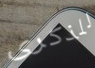
للذكرى